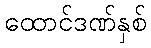
ထောင်ဒဏ်နှစ်